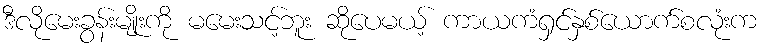
ဒီလိုမေးခွန်းမျိုးကို မမေးသင့်ဘူး ဆိုပေမယ့် ကာယကံရှင်နှစ်ယောက်စလုံးက